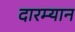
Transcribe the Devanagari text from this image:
दारम्यान